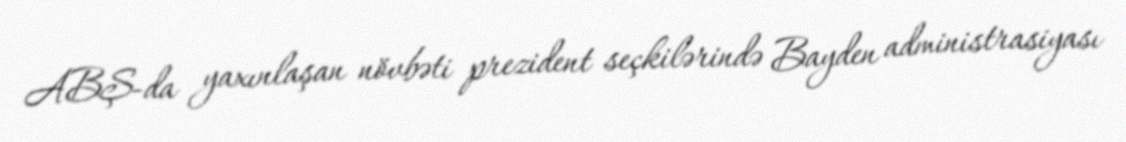
ABŞ-da yaxınlaşan növbəti prezident seçkilərində Bayden administrasiyası